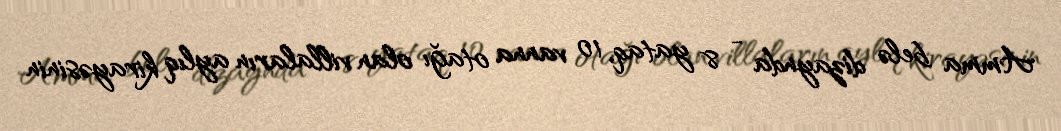
Amma belə dizaynda - 8 yataq, 10 vanna otağı olan villaların aylıq kirayəsinin